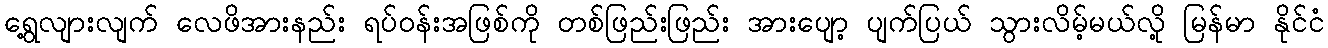
ရွေ့လျားလျက် လေဖိအားနည်း ရပ်၀န်းအဖြစ်ကို တစ်ဖြည်းဖြည်း အားပျော့ ပျက်ပြယ် သွားလိမ့်မယ်လို့ မြန်မာ နိုင်ငံ